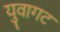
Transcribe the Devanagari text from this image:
युवागट